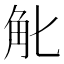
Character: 𧢶